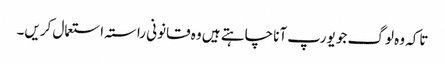
تاکہ وہ لوگ جو یورپ آنا چاہتے ہیں وہ قانونی راستہ استعمال کریں۔